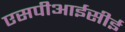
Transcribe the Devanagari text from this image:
एसपीआईसीई